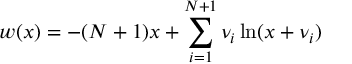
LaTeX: w ( x ) = - ( N + 1 ) x + \sum _ { i = 1 } ^ { N + 1 } \nu _ { i } \ln ( x + \nu _ { i } )